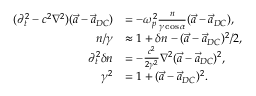
\begin{array} { r l } { ( \partial _ { t } ^ { 2 } - c ^ { 2 } \nabla ^ { 2 } ) ( \vec { a } - \vec { a } _ { D C } ) } & { = - \omega _ { p } ^ { 2 } \frac { n } { \gamma \cos \alpha } ( \vec { a } - \vec { a } _ { D C } ) , } \\ { n / \gamma } & { \approx 1 + \delta n - ( \vec { a } - \vec { a } _ { D C } ) ^ { 2 } / 2 , } \\ { \partial _ { t } ^ { 2 } \delta n } & { = - \frac { c ^ { 2 } } { 2 \gamma ^ { 2 } } \nabla ^ { 2 } ( \vec { a } - \vec { a } _ { D C } ) ^ { 2 } , } \\ { \gamma ^ { 2 } } & { = 1 + ( \vec { a } - \vec { a } _ { D C } ) ^ { 2 } . } \end{array}